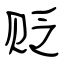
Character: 贬